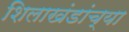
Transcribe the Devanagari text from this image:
शिलाखंडांच्या